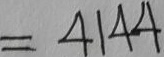
= 4 1 4 4